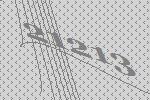
21213